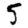
Digit: 5